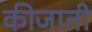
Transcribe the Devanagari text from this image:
कीजाती